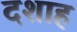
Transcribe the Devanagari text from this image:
दशाह